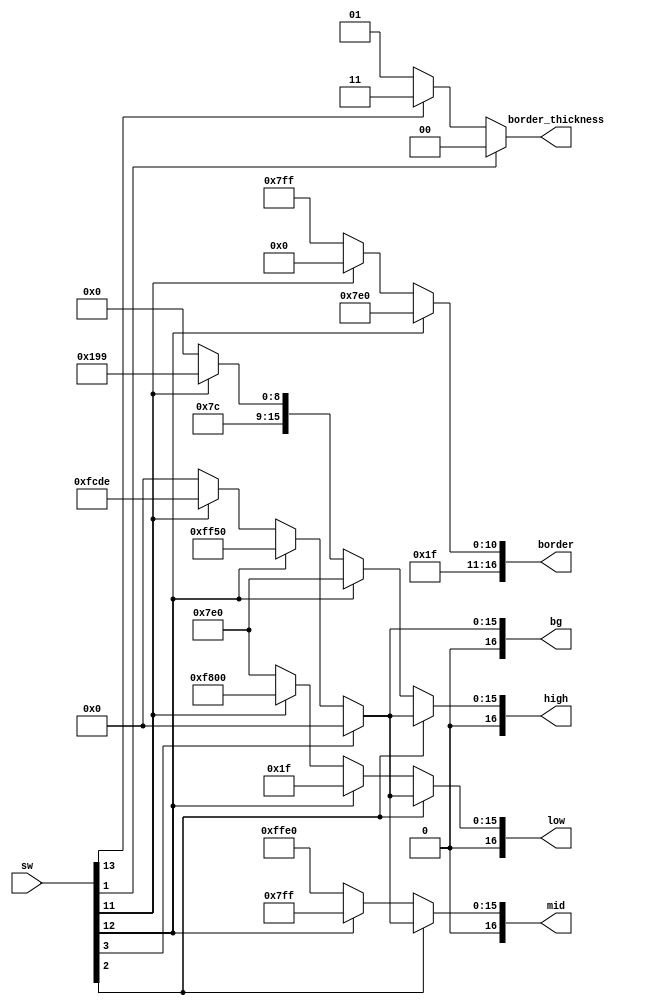
`timescale 1ns / 1ps
//////////////////////////////////////////////////////////////////////////////////
// Company: 
// Engineer: 
// 
// Design Name: 
// Module Name: volbar_colors
// Project Name: 
// Target Devices: 
// Tool Versions: 
// Description: 
// 
// Dependencies: 
// 
// Revision:
// Revision 0.01 - File Created
// Additional Comments:
// 
//////////////////////////////////////////////////////////////////////////////////


module volbar_colors(
    input [15:0] sw,
    output reg [1:0] border_thickness,
    output reg [16:0] low, mid, high, border, bg
    );
    
    always @ (*) begin
        border_thickness <= (sw[1]) ? 2'd0 : (sw[13]) ? 2'd3 : 2'd1;
        bg <= (sw[3]) ? 16'h0000 : (sw[12]) ? 16'hFF50 : (sw[11]) ? 16'hFCDE : 16'h0000;
        border <= (sw[12]) ? 16'hFFE0 : (sw[11]) ? 16'hF800 : 16'hFFFF;
        low <= (sw[2]) ? bg : (sw[12]) ? 16'h001F : (sw[11]) ? 16'hF800 : 16'h07E0;
        mid <= (sw[2]) ? bg : (sw[12]) ? 16'h07FF : (sw[11]) ? 16'hFFE0 : 16'hFFE0;
        high <= (sw[2]) ? bg : (sw[12]) ? 16'h07E0 : (sw[11]) ? 16'hF999 : 16'hF800;
    end

endmodule